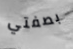
بصفتي